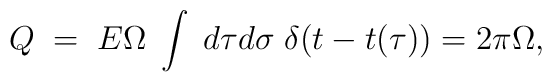
Q\; =\; E \Omega\; \int\; d\tau d\sigma \;\delta(t - t( \tau)) =2\pi \Omega,